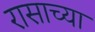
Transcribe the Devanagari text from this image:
रासाच्या